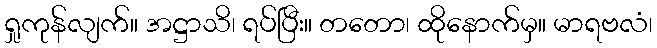
ရှုကုန်လျက်။ အဋ္ဌာသိ၊ ရပ်ပြီး။ တတော၊ ထိုနောက်မှ။ မာရဗလံ၊